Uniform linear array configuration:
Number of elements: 24
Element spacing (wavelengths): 0.5
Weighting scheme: hann
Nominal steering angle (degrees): -60
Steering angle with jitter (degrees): -58.595
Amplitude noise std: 0.05
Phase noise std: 0.05

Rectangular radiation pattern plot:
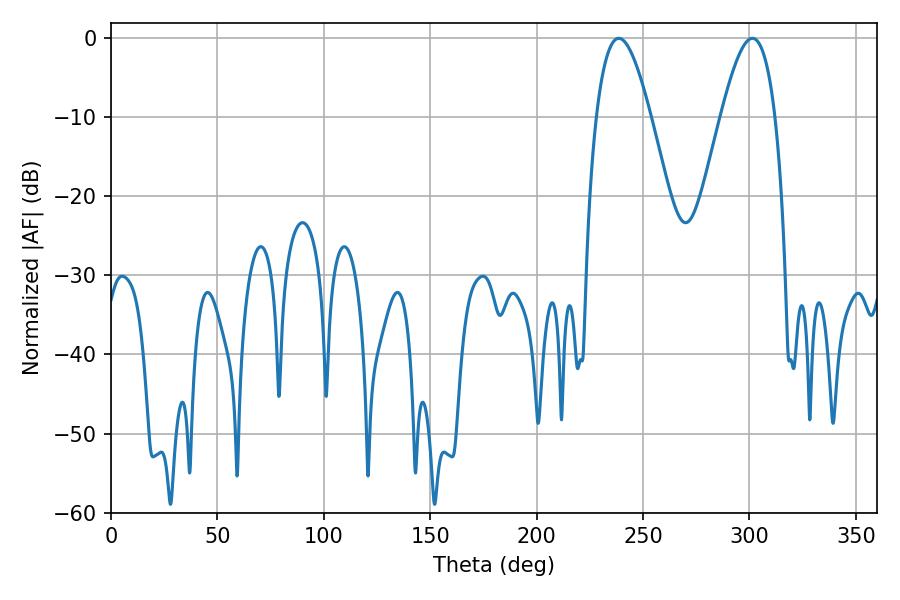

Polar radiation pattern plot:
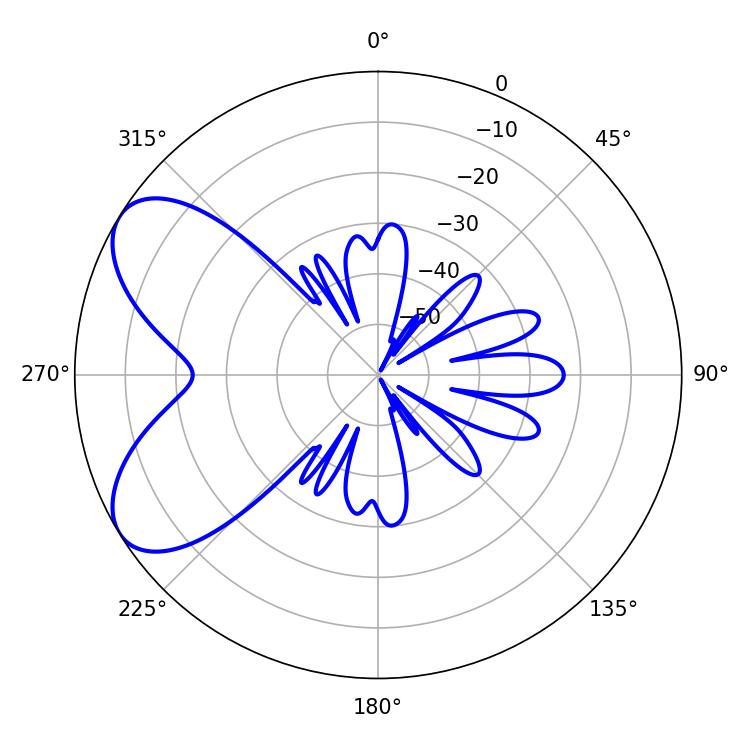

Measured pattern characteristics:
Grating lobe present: FALSE
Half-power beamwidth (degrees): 13.86
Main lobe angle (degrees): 238.68